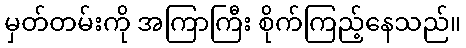
မှတ်တမ်းကို အကြာကြီး စိုက်ကြည့်နေသည်။